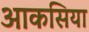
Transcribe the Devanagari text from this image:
आकसिया